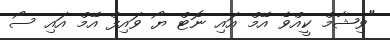
"ވިޝާމް ކީއްވެ އޭމް އައި ނޮޓް ޔޯ ވައިފް އޭމް އައި ސޯ